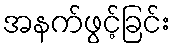
အနက်ဖွင့်ခြင်း